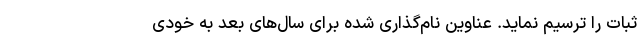
ثبات را ترسیم نماید. عناوین نام‌گذاری شده برای سال‌های بعد به خودی